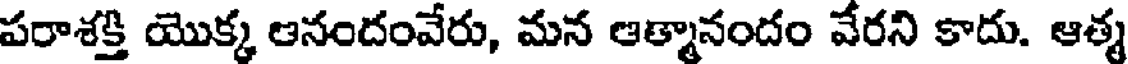
పరాశక్తి యొక్క ఆనందంవేరు, మన ఆత్మానందం వేరని కాదు. ఆత్మ